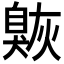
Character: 𦤠